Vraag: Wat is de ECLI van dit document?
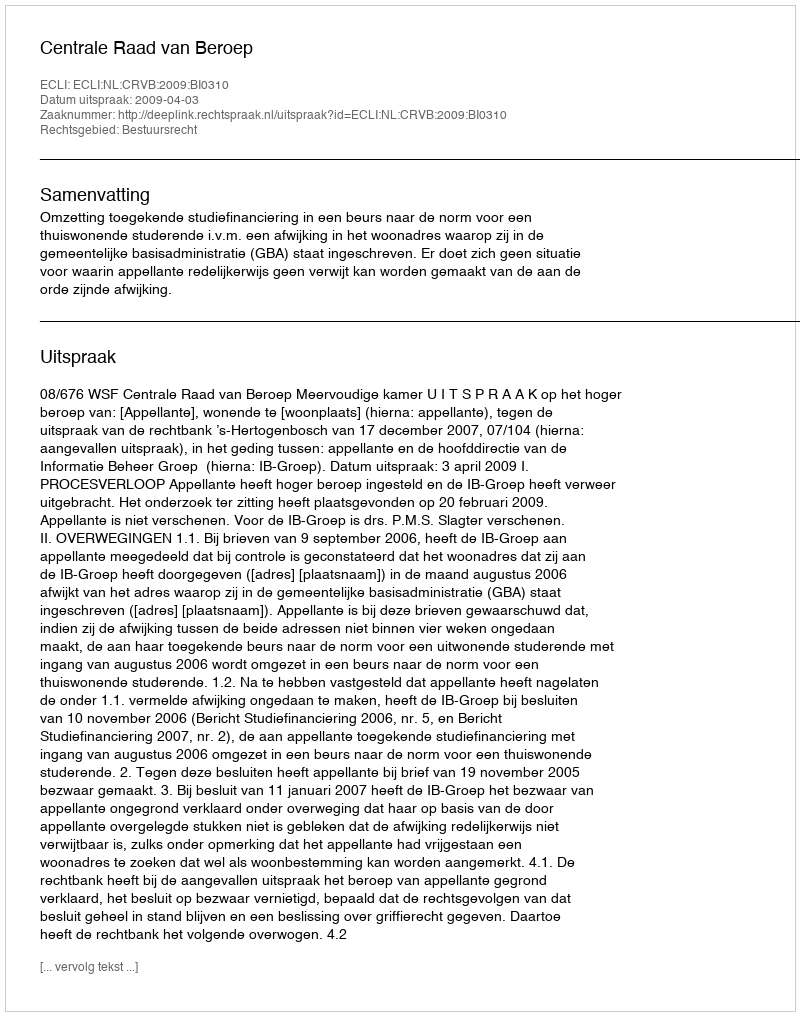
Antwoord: ECLI:NL:CRVB:2009:BI0310